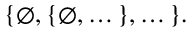
\{ \emptyset , \{ \emptyset , \dots \} , \dots \} .